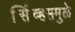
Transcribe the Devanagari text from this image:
सर्व्हिसमुळे